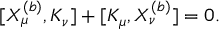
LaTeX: [ X _ { \mu } ^ { ( b ) } , K _ { \nu } ] + [ K _ { \mu } , X _ { \nu } ^ { ( b ) } ] = 0 .